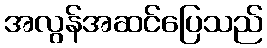
အလွန်အဆင်ပြေသည်